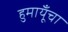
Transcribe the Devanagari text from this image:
हुमायूँचा